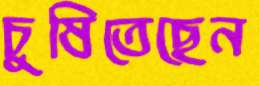
চুষিতেছেন